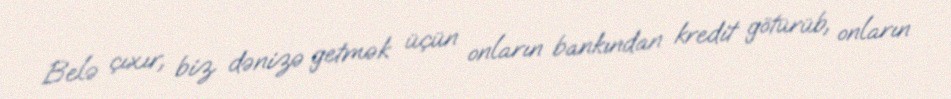
Belə çıxır, biz dənizə getmək üçün onların bankından kredit götürüb, onların